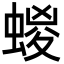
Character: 蝬